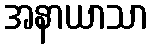
အနာယာသာ